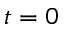
t = 0